Civil Veterinary Department. Madras. Admin. report 1926-33 - 1926-1933
Year: 1926
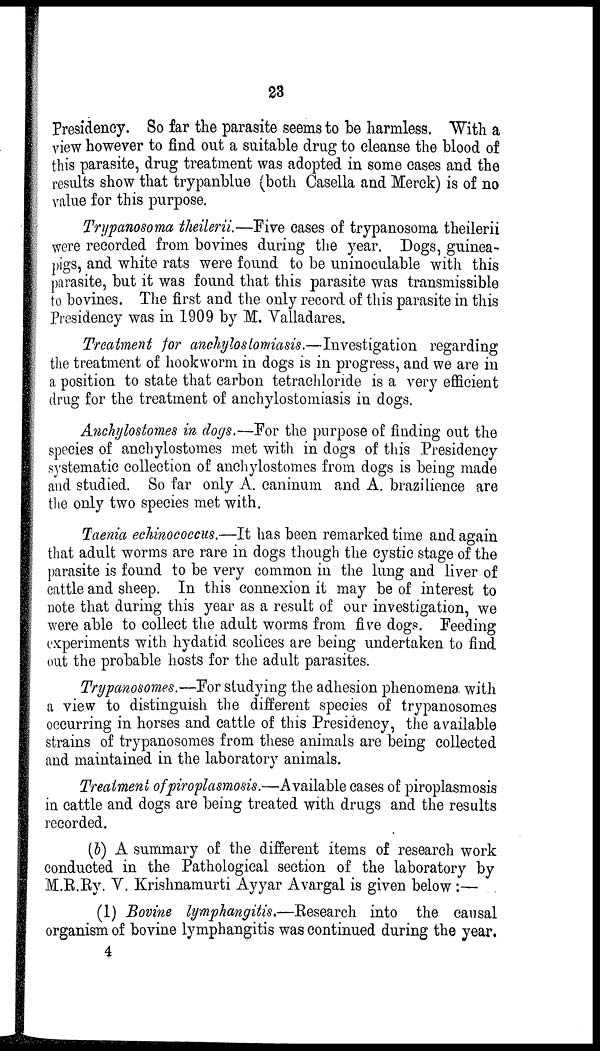
23
Presidency. So far the parasite seems to be harmless. With a
view however to find out a suitable drug to cleanse the blood of
this parasite, drug treatment was adopted in some cases and the
results show that trypanblue (both Casella and Merck) is of no
value for this purpose.
Trypanosoma theilerii.—Five cases of trypanosoma theilerii
were recorded from bovines during the year. Dogs, guinea-
pigs, and white rats were found to be uninoculable with this
parasite, but it was found that this parasite was transmissible
to bovines. The first and the only record of this parasite in this
Presidency was in 1909 by M. Valladares.
Treatment for anchylostomiasis.—Investigation regarding
the treatment of hookworm in dogs is in progress, and we are in
a position to state that carbon tetrachloride is a very efficient
drug for the treatment of anchylostomiasis in dogs.
Anchylostomes in dogs.—For the purpose of finding out the
species of anchylostomes met with in dogs of this Presidency
systematic collection of anchylostomes from dogs is being made
and studied. So far only A. caninum and A. brazilience are
the only two species met with.
Taenia echinococcus.—It has been remarked time and again
that adult worms are rare in dogs though the cystic stage of the
parasite is found to be very common in the lung and liver of
cattle and sheep. In this connexion it may be of interest to
note that during this year as a result of our investigation, we
were able to collect the adult worms from five dogs. Feeding
experiments with hydatid scolices are being undertaken to find
out the probable hosts for the adult parasites.
Trypanosomes.—For studying the adhesion phenomena with
a view to distinguish the different species of trypanosomes
occurring in horses and cattle of this Presidency, the available
strains of trypanosomes from these animals are being collected
and maintained in the laboratory animals.
Treatment of piroplasmosis.—Available cases of piroplasmosis
in cattle and dogs are being treated with drugs and the results
recorded.
(b) A summary of the different items of research work
conducted in the Pathological section of the laboratory by
M.R.Ry. V. Krishnamurti Ayyar Avargal is given below :—
(1) Bovine lymphangitis.—Research into the causal
organism of bovine lymphangitis was continued during the year.
4